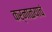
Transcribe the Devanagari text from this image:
कर्नाळयाचं